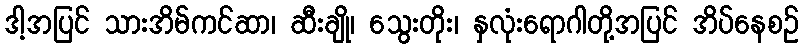
ဒါ့အပြင် သားအိမ်ကင်ဆာ၊ ဆီးချို၊ သွေးတိုး၊ နှလုံးရောဂါတို့အပြင် အိပ်နေစဥ်